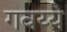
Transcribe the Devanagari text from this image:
गवय्ये